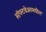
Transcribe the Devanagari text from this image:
सॉफ्टवेअरमधील